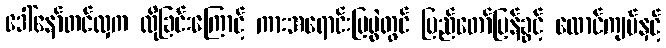
ဒေါ်နော်တင်လှက လိုခြင်းကြောင့် ကားအရောင်းပြပွဲတွင် ပြည်တော်ပြန်ခွင့် ထောင်ကျပ်နှင့်